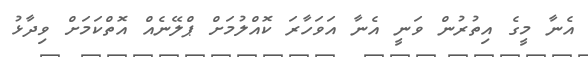
އެނާ މީގެ އިތުރުން ވަނީ އެނާ އަވަހާރަ ކޮއްލުމަށް ޕްލޭނެއް އޮތްކަމަށް ވިދާޅު